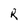
Character: R